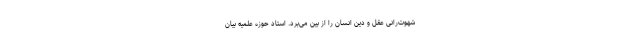
شهوت‌رانی عقل و دین انسان را از بین می‌برد. استاد حوزه علمیه بیان